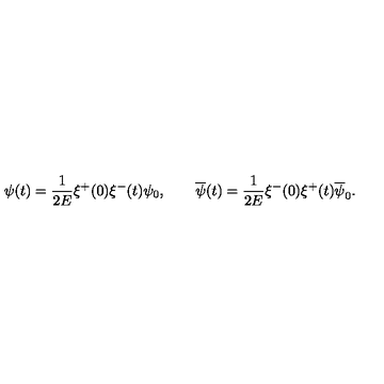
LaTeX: \psi ( t ) = \frac { 1 } { 2 E } \xi ^ { + } ( 0 ) \xi ^ { - } ( t ) \psi _ { 0 } , \qquad \overline { { \psi } } ( t ) = \frac { 1 } { 2 E } \xi ^ { - } ( 0 ) \xi ^ { + } ( t ) \overline { { \psi } } _ { 0 } .